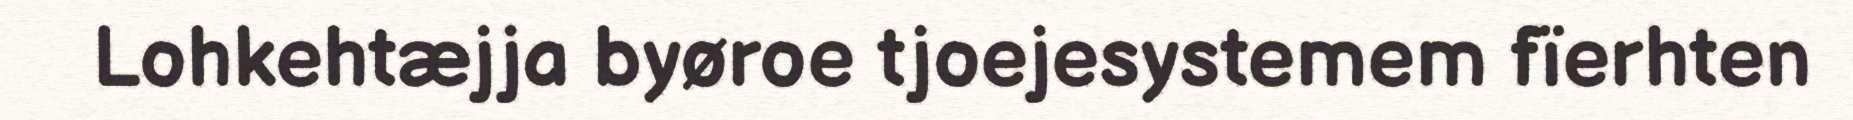
Lohkehtæjja byøroe tjoejesystemem fïerhten